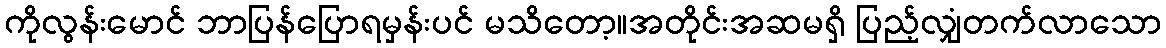
ကိုလွန်းမောင် ဘာပြန်ပြောရမှန်းပင် မသိတော့။အတိုင်းအဆမရှိ ပြည့်လျှံတက်လာသော